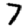
Digit: 7